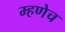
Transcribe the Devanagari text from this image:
म्हणेच